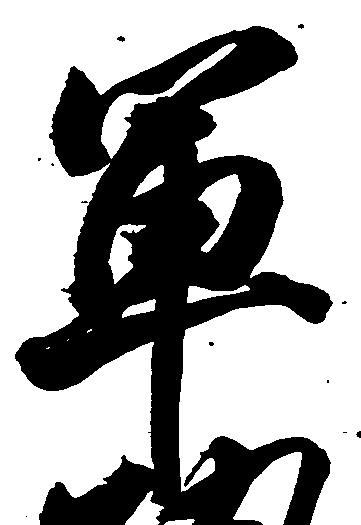
軍